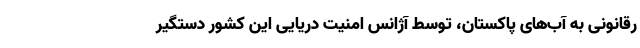
رقانونی به آب‌های پاکستان، توسط آژانس امنیت دریایی این کشور دستگیر